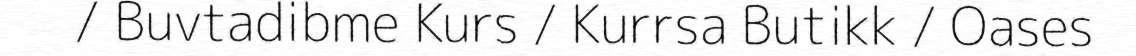
/ Buvtadibme Kurs / Kurrsa Butikk / Oases